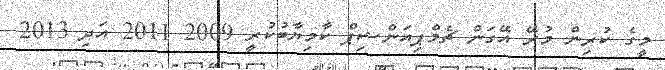
މީގެ ކުރިން މުރޭ އޭގަން ޗެމްޕިއަންޝިޕް ކާމިޔާބުކުރީ 2009 2011 އަދި 2013